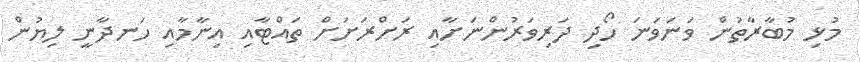
މުޅި މުބާރާތުން ވަނަވަނަ ހޯދި ދަރިވަރުންނަށާއި ރަށްރަށަށް ތައްޓާއި އިނާމާއި ހަނދާނީ ލިޔުން